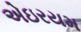
એઇરયમ